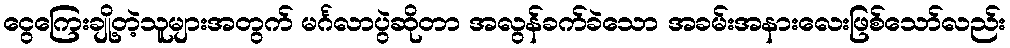
ငွေကြေးချို့တဲ့သူများအတွက် မင်္ဂလာပွဲဆိုတာ အလွန်ခက်ခဲသော အခမ်းအနားလေးဖြစ်သော်လည်း